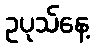
ဥပုသ်နေ့